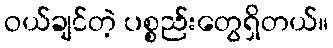
ဝယ်ချင်တဲ့ ပစ္စည်းတွေရှိတယ်။